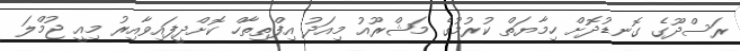
ރަސްދޫގެ ގޮނޑުދޮށް ހިމާޔަތް ކުރުމުގެ މަޝްރޫއު މިއަދު އިފްތިތާހް ކޮށްދީފައިވާއިރު މިއީ ޖުމްލަ